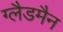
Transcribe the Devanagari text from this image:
ग्लैडमैन